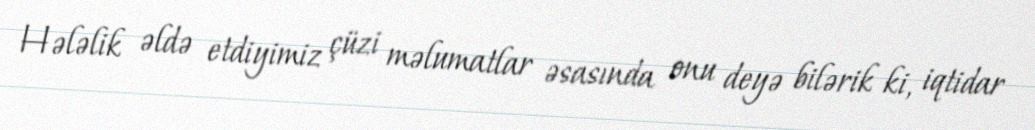
Hələlik əldə etdiyimiz çüzi məlumatlar əsasında onu deyə bilərik ki, iqtidar